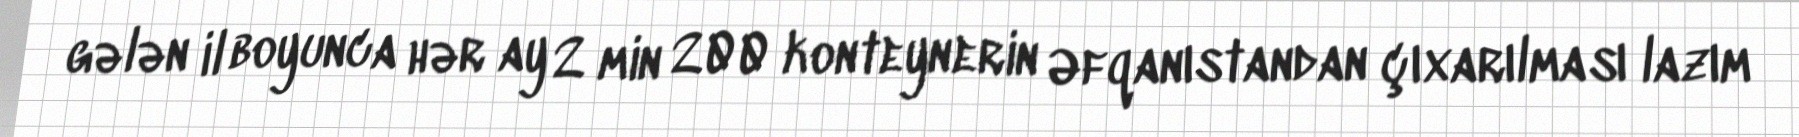
gələn il boyunca hər ay 2 min 200 konteynerin Əfqanıstandan çıxarılması lazım